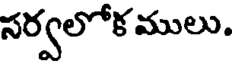
సర్వలోక ములు.